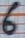
Text: 6